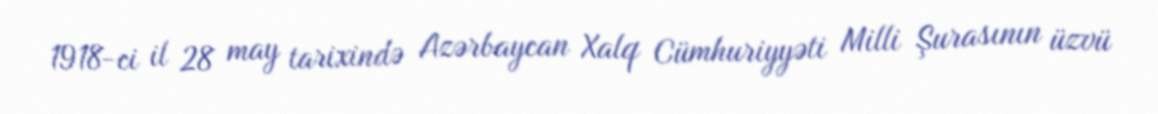
1918-ci il 28 may tarixində Azərbaycan Xalq Cümhuriyyəti Milli Şurasının üzvü